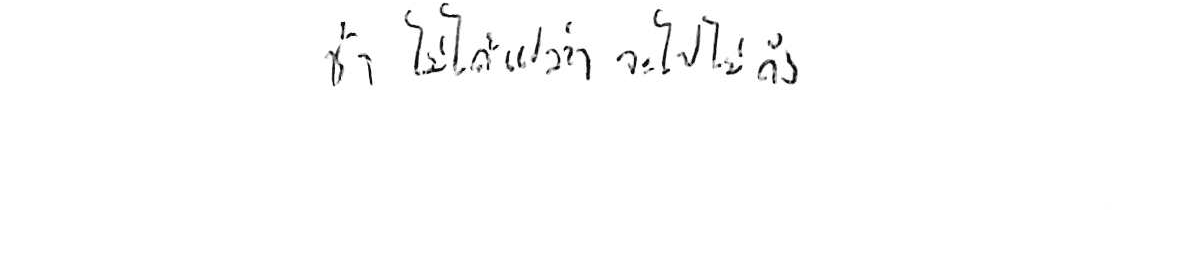
ช้า ไม่ได้แปลว่า จะไปไม่ถึง